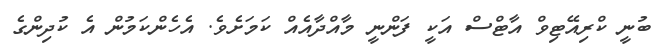
ބުނީ ކްރިއޭޓިވް އާޓްސް އަކީ ފަންނީ މާއްދާއެއް ކަމަށެވެ. އެހެންކަމުން އެ ކުދިންގެ